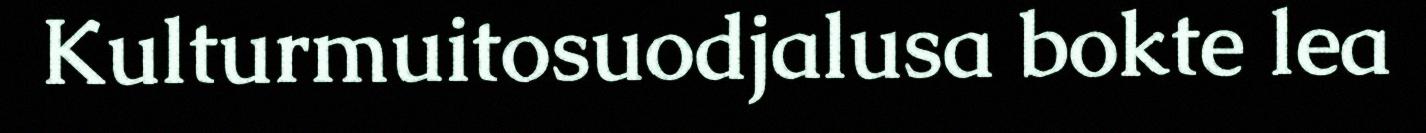
Kulturmuitosuodjalusa bokte lea